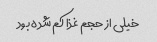
خیلی از حجم غذا کم شده بود